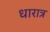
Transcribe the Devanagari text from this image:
धारात्र